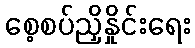
စေ့စပ်ညှိနှိုင်းရေး